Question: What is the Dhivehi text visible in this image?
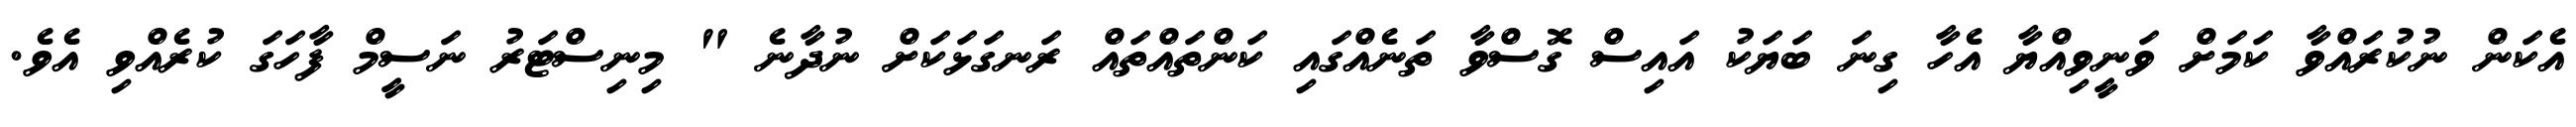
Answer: އެކަން ނުކުރައްވާ ކަމަށް ވަނީވިއްޔާ އެހާ ގިނަ ބަޔަކު އައިސް ގޮސްވާ ތަނެއްގައި ކަންތައްތައް ރަނގަޅަކަށް ނުދާނެ " މިނިސްޓަރު ނަސީމް ފާހަގަ ކުރެއްވި އެވެ.